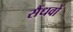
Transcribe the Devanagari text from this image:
सैंधवों